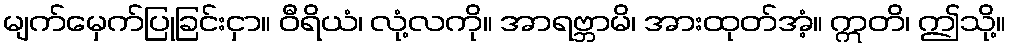
မျက်မှေက်ပြုခြင်းငှာ။ ဝီရိယံ၊ လုံ့လကို။ အာရဗ္ဘာမိ၊ အားထုတ်အံ့။ ဣတိ၊ ဤသို့။